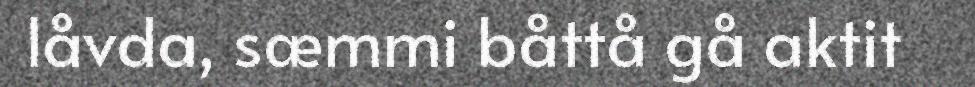
låvda, sæmmi båttå gå aktit